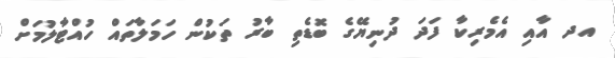
އދ އާއި އެމެރިކާ ފަދަ ދުނިޔޭގެ ބޮޑެތި ބާރު ތަކުން ހަމަލާތައް ހުއްޓާލުމަށް